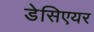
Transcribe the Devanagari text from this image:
डेसिएयर